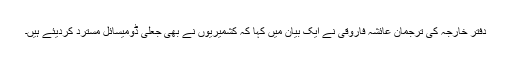
دفتر خارجہ کی ترجمان عائشہ فاروقی نے ایک بیان میں کہا کہ کشمیریوں نے بھی جعلی ڈومیسائل مسترد کردیئے ہیں۔